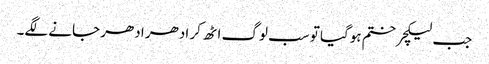
جب لیکچر ختم ہوگیا تو سب لوگ اٹھ کر ادھر ادھر جانے لگے۔